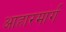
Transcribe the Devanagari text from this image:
आहारमार्ग